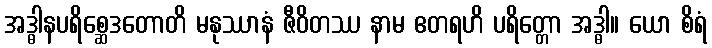
အဒ္ဓါနပရိစ္ဆေဒတောတိ မနုဿာနံ ဇီဝိတဿ နာမ ဧတရဟိ ပရိတ္တော အဒ္ဓါ။ ယော စိရံ